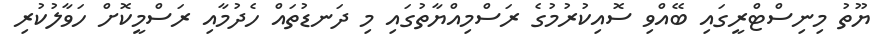
ޔޫތު މިނިސްޓްރީގައި ބޭއްވި ސޮއިކުރުމުގެ ރަސްމިއްޔާތުގައި މި ދަނޑުތައް ހެދުމާއި ރަސްމީކޮށް ހަވާލުކުރި